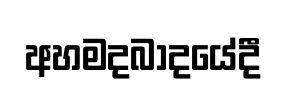
අහමදබාදයේදී